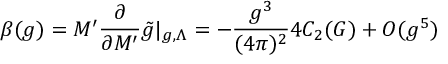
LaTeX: \beta ( g ) = M ^ { \prime } \frac { \partial } { \partial M ^ { \prime } } \tilde { g } | _ { g , \Lambda } = - \frac { g ^ { 3 } } { ( 4 \pi ) ^ { 2 } } 4 C _ { 2 } ( G ) + O ( g ^ { 5 } )